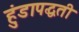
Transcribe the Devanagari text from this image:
हुंडापद्धती